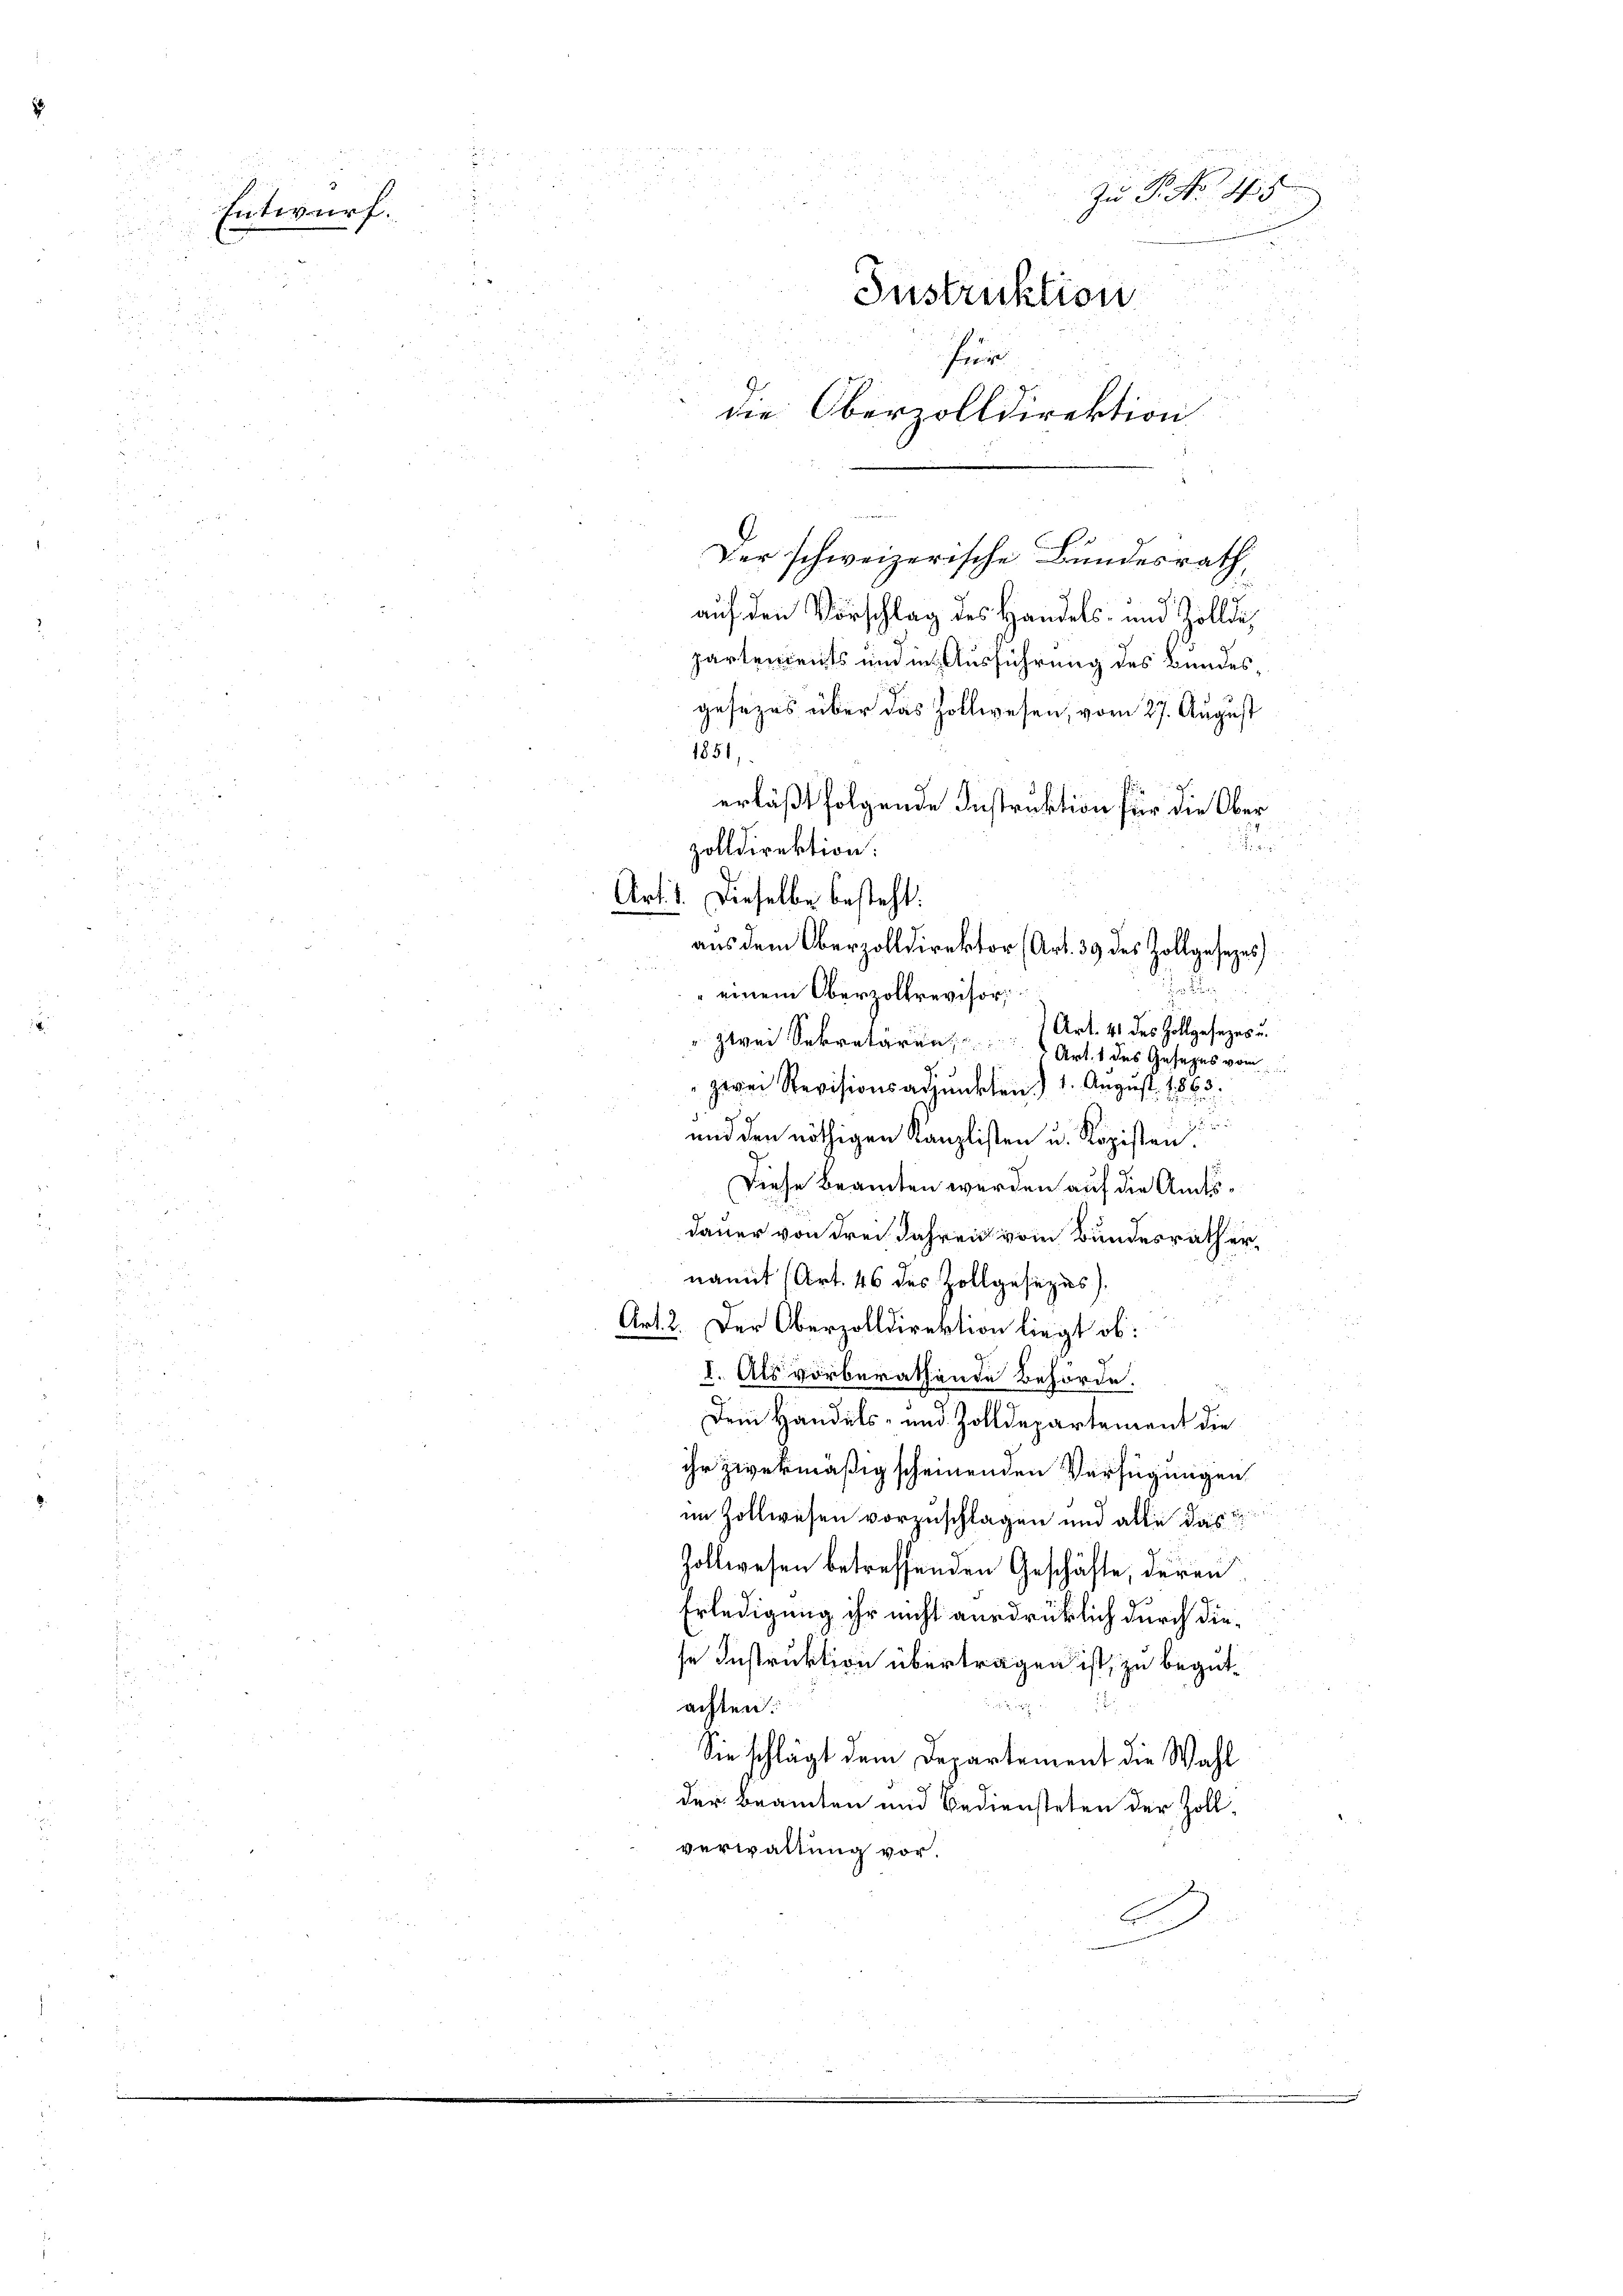
Entwurf.

5
Zu P. No. 45
 8 x
5
Instruktion
für
die Oberzolldirektion

.
Der schweizerische Bundesrath
auf den Vorschlag des Handels- und Zollde,
partements und in Ausführung des Bundesgesezes über das Zollwesen, vom 27. August
s

e
t
" einem Oberzoltrevisori
Art. 41 des Zollgesezes u.
" zwei Sekretären, Art. 1 des Gesezes vom
zwei Revisionsadjunkten 1. August 1863.
e
d
und den nöthigen Kanzlisten u. Kopisten
Diese Beamten werden auf die Amtsdauer von drei Jahren vom Bundesrath ernamnt (Art. 46 des Zollgesezes).
Art. 2. Der Oberzolldirektion liegt ob:
I. Als vorberathende Behörde.
Dem Handels- und Zolldepartement die
ihr zwekmäßig scheinenden Verfügungen
im Zollwesen vorzuschlagen und alle das
Zollwesen betreffenden Geschäfte, deren
Erledigung ihr nicht ausdrücklich durch diese Instruktion übertragen ist, zu begut¬

achten:
Sie schlägt dem Departement die Wahl
der Beamten und Bediensteten der Zoll
verwaltung vor.

1851,
erläßt folgende Instruktion für die Ober
zolldirektion.
Art. 1. Dieselbe besteht:
aus dem Oberzolldirektor (Art. 39 des Zollgesezes